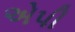
એપી